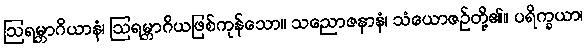
ဩရမ္ဘာဂိယာနံ၊ ဩရမ္ဘာဂိယဖြစ်ကုန်သော။ သညောဇနာနံ၊ သံယောဇဉ်တို့၏။ ပရိက္ခယာ၊